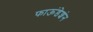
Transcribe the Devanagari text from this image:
फाऊंडेशंन